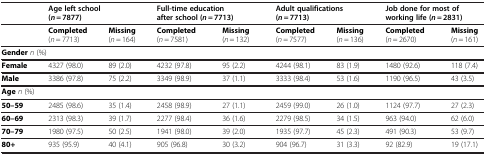
<table><thead><tr><td><b> </b></td><td colspan="2"><b>Age left school (<i>n</i> = 7877)</b></td><td colspan="2"><b>Full-time education after school (<i>n</i> = 7713)</b></td><td colspan="2"><b>Adult qualifications (<i>n</i> = 7713)</b></td><td colspan="2"><b>Job done for most of working life (<i>n</i> = 2831)</b></td></tr></thead><tbody><tr><td> </td><td><b>Completed</b> (<i>n</i> = 7713)</td><td><b>Missing</b> (<i>n</i> = 164)</td><td><b>Completed</b> (<i>n</i> = 7581)</td><td><b>Missing</b> (<i>n</i> = 132)</td><td><b>Completed</b> (<i>n</i> = 7577)</td><td><b>Missing</b> (<i>n</i> = 136)</td><td><b>Completed</b> (<i>n</i> = 2670)</td><td><b>Missing</b> (<i>n</i> = 161)</td></tr><tr><td colspan="9"><b>Gender</b><i>n</i> (%)</td></tr><tr><td><b>Female</b></td><td>4327 (98.0)</td><td>89 (2.0)</td><td>4232 (97.8)</td><td>95 (2.2)</td><td>4244 (98.1)</td><td>83 (1.9)</td><td>1480 (92.6)</td><td>118 (7.4)</td></tr><tr><td><b>Male</b></td><td>3386 (97.8)</td><td>75 (2.2)</td><td>3349 (98.9)</td><td>37 (1.1)</td><td>3333 (98.4)</td><td>53 (1.6)</td><td>1190 (96.5)</td><td>43 (3.5)</td></tr><tr><td colspan="9"><b>Age</b><i>n</i> (%)</td></tr><tr><td><b>50–59</b></td><td>2485 (98.6)</td><td>35 (1.4)</td><td>2458 (98.9)</td><td>27 (1.1)</td><td>2459 (99.0)</td><td>26 (1.0)</td><td>1124 (97.7)</td><td>27 (2.3)</td></tr><tr><td><b>60–69</b></td><td>2313 (98.3)</td><td>39 (1.7)</td><td>2277 (98.4)</td><td>36 (1.6)</td><td>2279 (98.5)</td><td>34 (1.5)</td><td>963 (94.0)</td><td>62 (6.0)</td></tr><tr><td><b>70–79</b></td><td>1980 (97.5)</td><td>50 (2.5)</td><td>1941 (98.0)</td><td>39 (2.0)</td><td>1935 (97.7)</td><td>45 (2.3)</td><td>491 (90.3)</td><td>53 (9.7)</td></tr><tr><td><b>80+</b></td><td>935 (95.9)</td><td>40 (4.1)</td><td>905 (96.8)</td><td>30 (3.2)</td><td>904 (96.7)</td><td>31 (3.3)</td><td>92 (82.9)</td><td>19 (17.1)</td></tr></tbody></table>